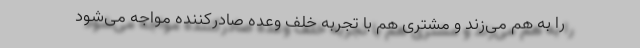
را به هم می‌زند و مشتری هم با تجربه خلف وعده صادرکننده مواجه می‌شود